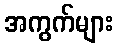
အကွက်များ